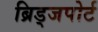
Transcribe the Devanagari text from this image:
ब्रिड्जपोर्ट